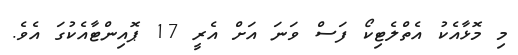
މި މޮޅާއެކު އެތްލެޓިކޯ ފަސް ވަނަ އަށް އެރީ 17 ޕޮއިންޓާއެކުގަ އެވެ.